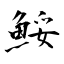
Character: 鮾